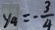
y _ { 4 } = - \frac { 3 } { 4 }